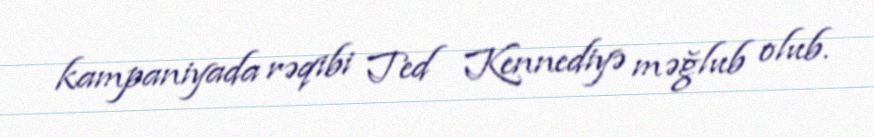
kampaniyada rəqibi Ted Kennediyə məğlub olub.